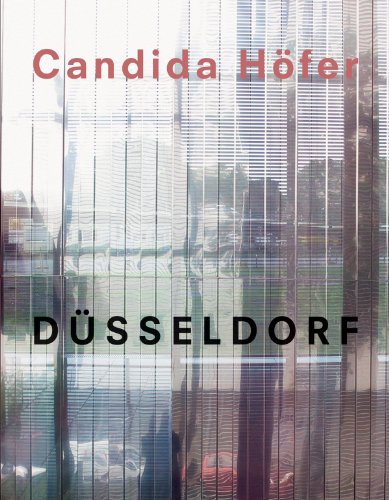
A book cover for Candida HÃ¶fer: DÃ¼sseldorf; Lothar Baumgarten; Health, Fitness & Dieting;